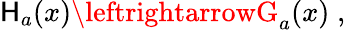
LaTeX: \mathsf{H}_{a}(x)\leftrightarrowG_{a}(x)\; ,